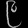
Digit: ၉